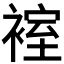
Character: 𮷂